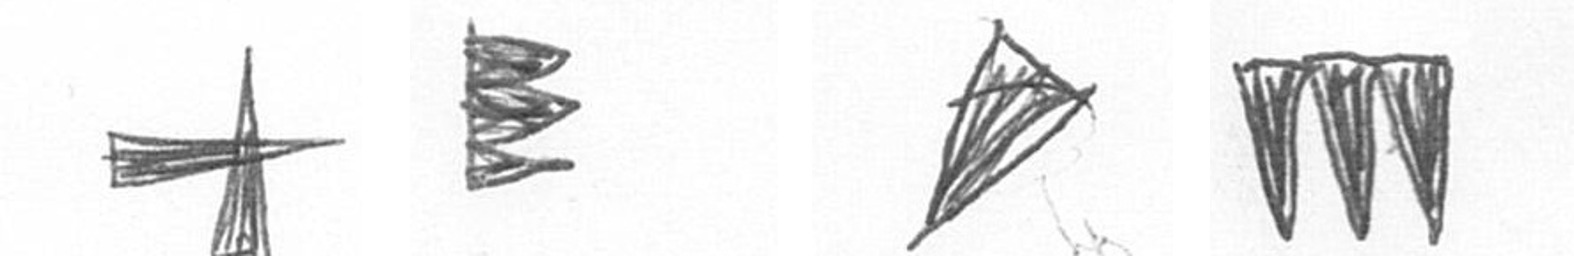
G H O L